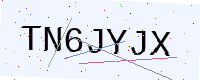
Text: TN6JYJX